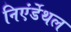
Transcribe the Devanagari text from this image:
निएंर्डेथल